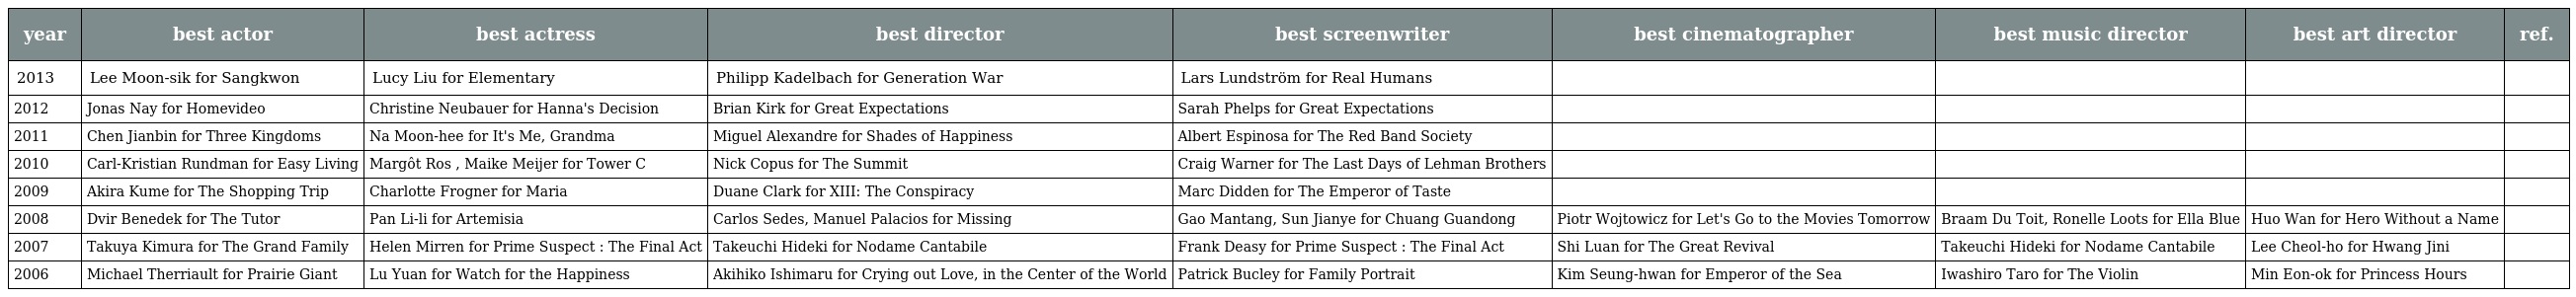
| year | best actor | best actress | best director | best screenwriter | best cinematographer | best music director | best art director | ref. |
 | --- | --- | --- | --- | --- | --- | --- | --- | --- |
 | 2013 | Lee Moon-sik for Sangkwon | Lucy Liu for Elementary | Philipp Kadelbach for Generation War | Lars Lundström for Real Humans |  |  |  |  |
 | 2012 | Jonas Nay for Homevideo | Christine Neubauer for Hanna's Decision | Brian Kirk for Great Expectations | Sarah Phelps for Great Expectations |  |  |  |  |
 | 2011 | Chen Jianbin for Three Kingdoms | Na Moon-hee for It's Me, Grandma | Miguel Alexandre for Shades of Happiness | Albert Espinosa for The Red Band Society |  |  |  |  |
 | 2010 | Carl-Kristian Rundman for Easy Living | Margôt Ros , Maike Meijer for Tower C | Nick Copus for The Summit | Craig Warner for The Last Days of Lehman Brothers |  |  |  |  |
 | 2009 | Akira Kume for The Shopping Trip | Charlotte Frogner for Maria | Duane Clark for XIII: The Conspiracy | Marc Didden for The Emperor of Taste |  |  |  |  |
 | 2008 | Dvir Benedek for The Tutor | Pan Li-li for Artemisia | Carlos Sedes, Manuel Palacios for Missing | Gao Mantang, Sun Jianye for Chuang Guandong | Piotr Wojtowicz for Let's Go to the Movies Tomorrow | Braam Du Toit, Ronelle Loots for Ella Blue | Huo Wan for Hero Without a Name |  |
 | 2007 | Takuya Kimura for The Grand Family | Helen Mirren for Prime Suspect : The Final Act | Takeuchi Hideki for Nodame Cantabile | Frank Deasy for Prime Suspect : The Final Act | Shi Luan for The Great Revival | Takeuchi Hideki for Nodame Cantabile | Lee Cheol-ho for Hwang Jini |  |
 | 2006 | Michael Therriault for Prairie Giant | Lu Yuan for Watch for the Happiness | Akihiko Ishimaru for Crying out Love, in the Center of the World | Patrick Bucley for Family Portrait | Kim Seung-hwan for Emperor of the Sea | Iwashiro Taro for The Violin | Min Eon-ok for Princess Hours |  |